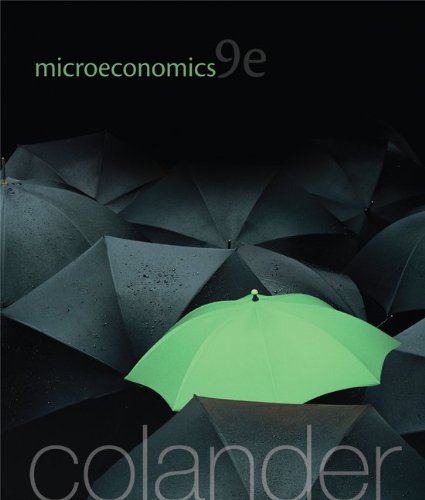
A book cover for Microeconomics (McGraw-Hill Economics); David Colander; Business & Money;